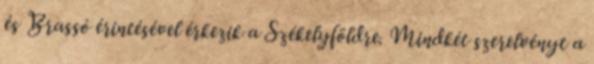
és Brassó érintésével érkezik a Székelyföldre. Mindkét szerelvényt a